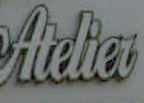
Adier